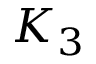
K _ { 3 }